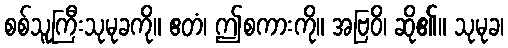
စစ်သူကြီးသုမုခကို။ ဧတံ၊ ဤစကားကို။ အဗြဝိ၊ ဆို၏။ သုမုခ၊